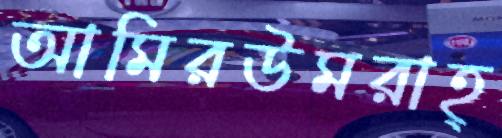
আমিরউমরাহ্‌